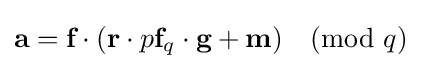
{\textbf {a}}={\textbf {f}}\cdot ({\textbf {r}}\cdot p{\textbf {f}}_{q}\cdot {\textbf {g}}+{\textbf {m}}){\pmod {q}}